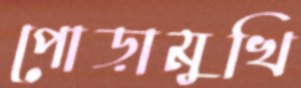
পোড়ামুখি